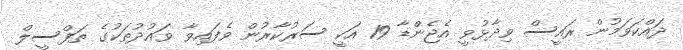
ދައްކަވަމުން ރައީސް ވިދާޅުވީ އެޖެންޑާ 19 އަކީ ސަރުކާރުން ވެފައިވާ ވައުދުތަކުގެ ތަފްސީލް